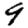
Digit: 9